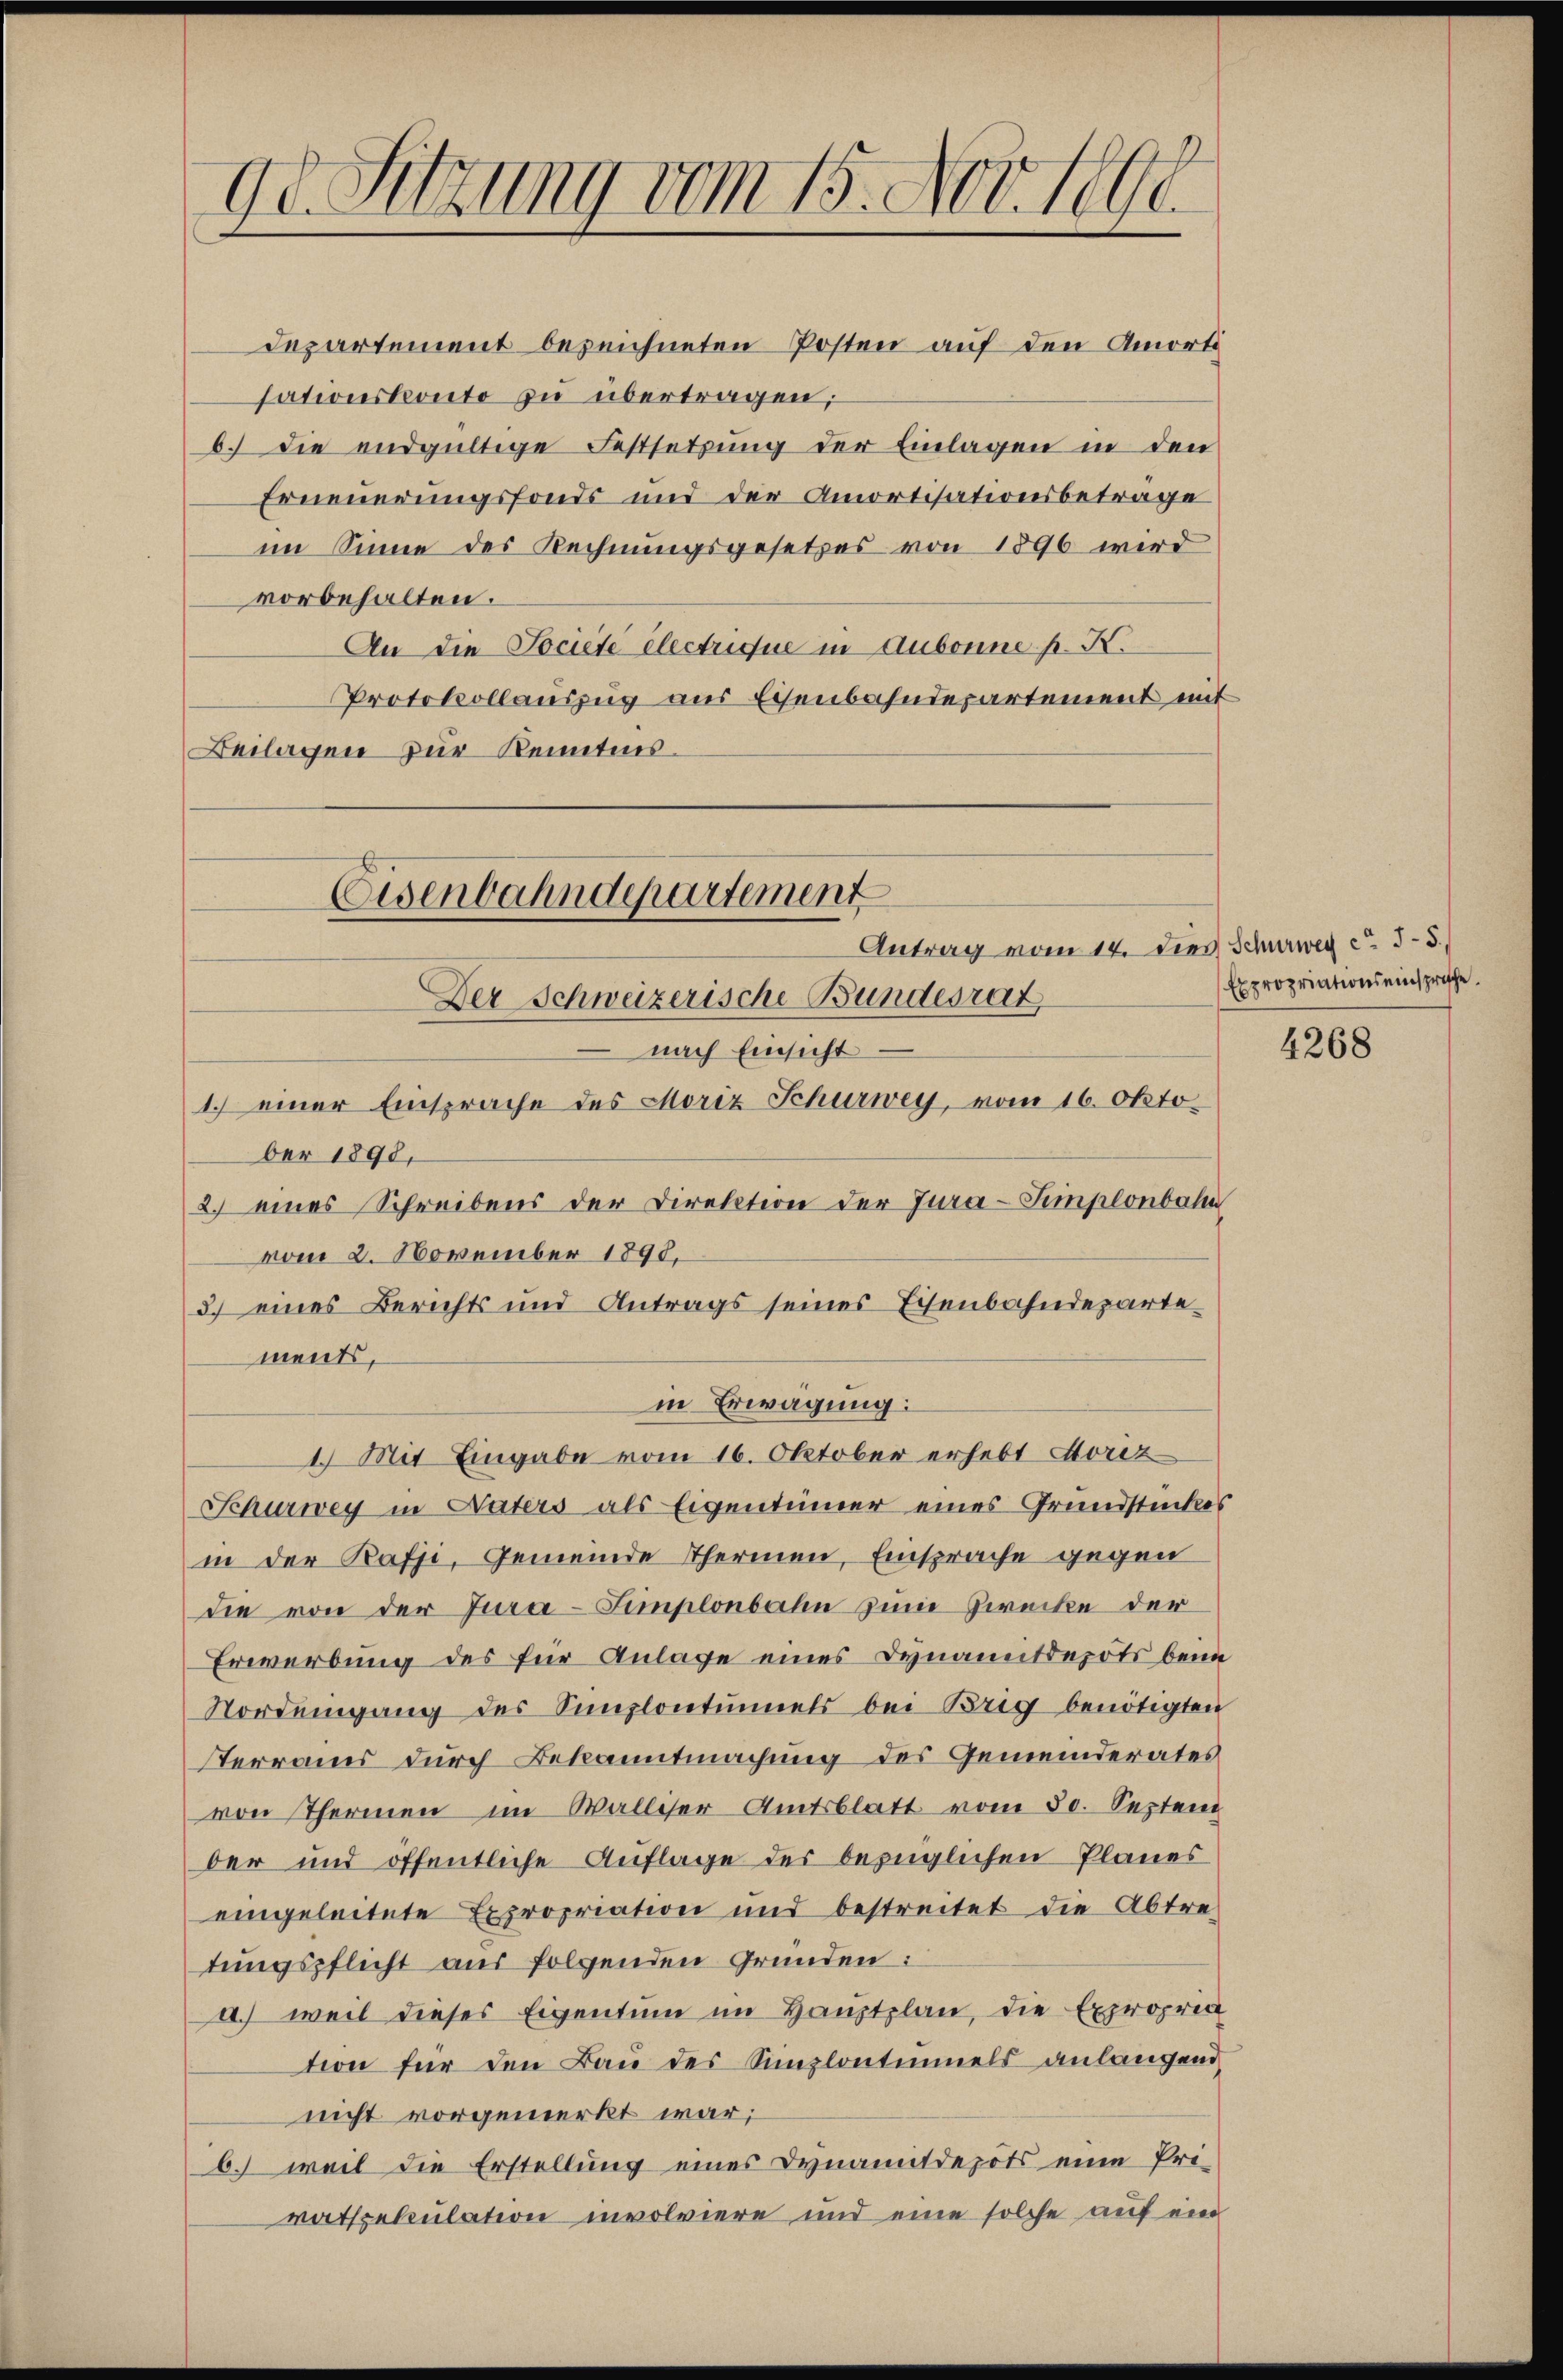
9e Sitzung vom 15. Nov. 1890.

Departement bezeichneten Posten auf den Amorte
sationskonto zu übertragen;
b. Die endgültige Festsetzung der Einlagen in den
Erneuerungsfonds und der Amortisationsbetrage
im Sinne des Rechnungsgesetzes von 1896 wird
vorbehalten.
An die Societe electrique in Aubonne pr. K.
Protokollauszug aus Eisenbahndepartement mit
Beilagen zur Kenntnis.

Eisenbahndepartement
Antrag vom 14. dies Schurweg ca 15.

Der Schweizerische Bundesrat
 nach Einsicht
1.) einer Einsprache des Moriz Schurwey, vom 16. Oktober 1890.
2.) eines Schreibens der Direktion der Jura-Simplonbahn
vom 2. November 1890.
3.) eines Berichts und Antrags seines Eisenbahndepartements,
in Erwägung:
1.) Mit Eingabe vom 16. Oktober erhebt Horiz
Schurwey in Vaters als Eigentümer eines Grundstückes
in der Kaffe, Gemeinde Thermen, Einsprache gegen
die von der Jura-Simplonbahn zum Zwecke der
Erwerbung des für Anlage eines Dynamitdepots beim
Nord eingang des Simplontinuels bei Brig benötigten
Terrains durch Bekanntmachung des Gemeinderates
von Thermen im Walliser-Amtsblatt vom 30. Septem
ber und öffentliche Auflage des bezüglichen Planes
eingeleitete Expropriation und bestreitet die Abtre-
tŭngspflicht aus folgenden Gründen:
a) weil dieses Eigentum im Hauptplan, die Expropria
tion für den Bau des Simplontinuels anlangend
nicht vorgemerkt war;
b. weil die Erstellung eines Dynamitdepots eine Pri-
ratspekulation involviere und eine solche auf ein

Expropriationseinsprische

4268